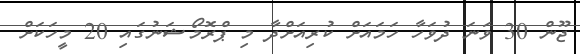
ޖޫން 30 ވަނަ ދުވަހާ ހަމައަށް ކުރިއަށްދާ މި ޕްރޮމޯޝަނުގައި 20 މީހަކަށް